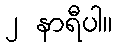
၂ နာရီပါ။